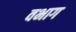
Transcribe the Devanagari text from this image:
वभाग